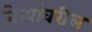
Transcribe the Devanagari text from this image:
नेत्यांवरील